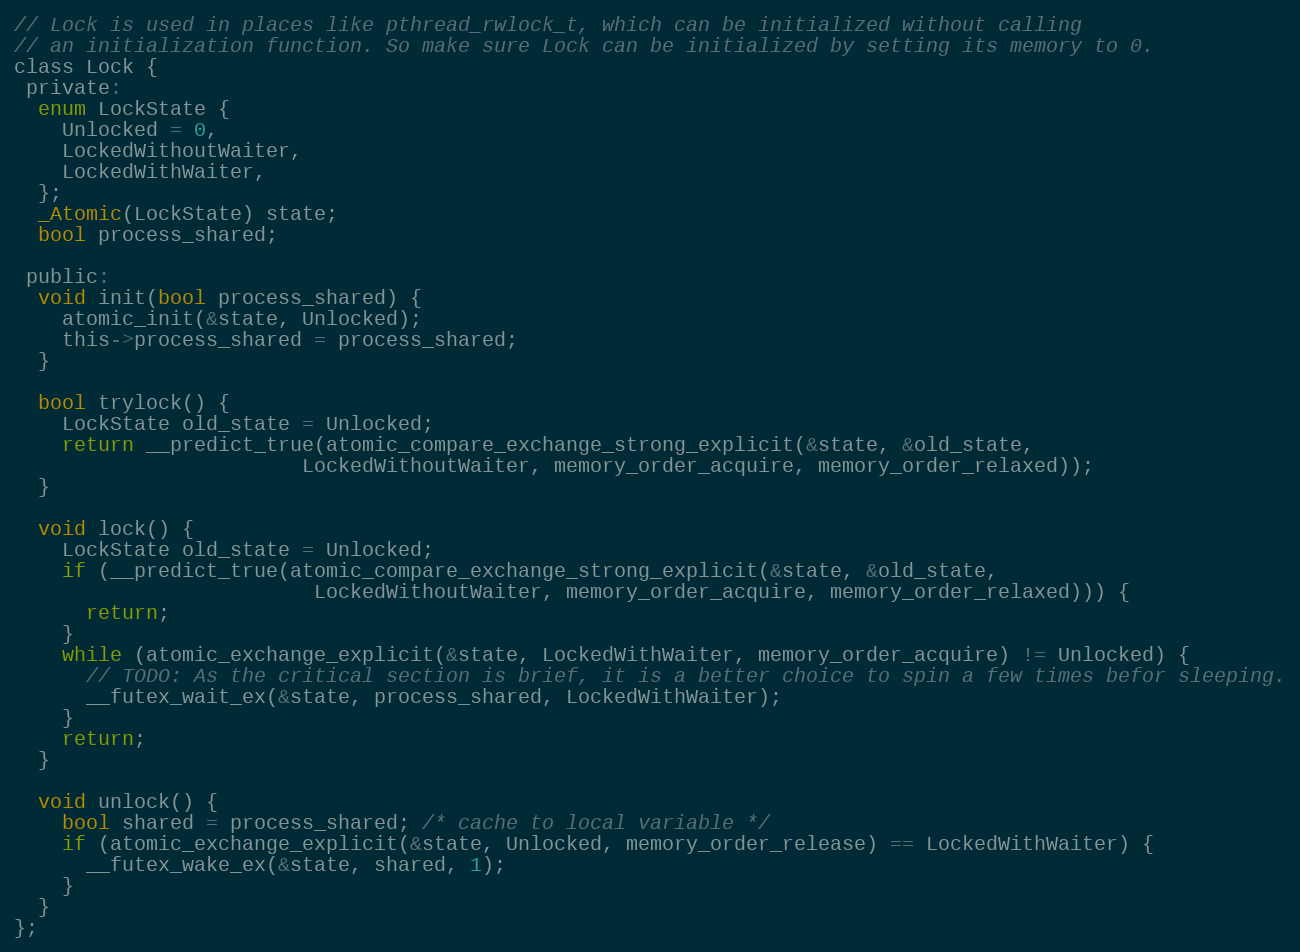
Language: C
// Lock is used in places like pthread_rwlock_t, which can be initialized without calling
// an initialization function. So make sure Lock can be initialized by setting its memory to 0.
class Lock {
 private:
  enum LockState {
    Unlocked = 0,
    LockedWithoutWaiter,
    LockedWithWaiter,
  };
  _Atomic(LockState) state;
  bool process_shared;

 public:
  void init(bool process_shared) {
    atomic_init(&state, Unlocked);
    this->process_shared = process_shared;
  }

  bool trylock() {
    LockState old_state = Unlocked;
    return __predict_true(atomic_compare_exchange_strong_explicit(&state, &old_state,
                        LockedWithoutWaiter, memory_order_acquire, memory_order_relaxed));
  }

  void lock() {
    LockState old_state = Unlocked;
    if (__predict_true(atomic_compare_exchange_strong_explicit(&state, &old_state,
                         LockedWithoutWaiter, memory_order_acquire, memory_order_relaxed))) {
      return;
    }
    while (atomic_exchange_explicit(&state, LockedWithWaiter, memory_order_acquire) != Unlocked) {
      // TODO: As the critical section is brief, it is a better choice to spin a few times befor sleeping.
      __futex_wait_ex(&state, process_shared, LockedWithWaiter);
    }
    return;
  }

  void unlock() {
    bool shared = process_shared; /* cache to local variable */
    if (atomic_exchange_explicit(&state, Unlocked, memory_order_release) == LockedWithWaiter) {
      __futex_wake_ex(&state, shared, 1);
    }
  }
};